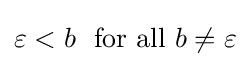
\varepsilon <b\,\,{\text{ for all }}b\neq \varepsilon